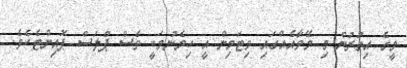
މީގެ އިތުރުން މި މޭވާއެއްގައި ވިޓަމިން އީ ހިމެނުމަކީ ވެސް ޕްލަސް ޕޮއިންޓެކެވެ.